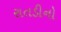
રાતડીનો